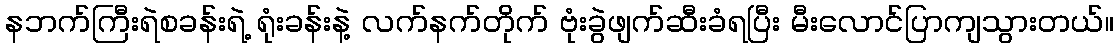
နဘက်ကြီးရဲစခန်းရဲ့ ရုံးခန်းနဲ့ လက်နက်တိုက် ဗုံးခွဲဖျက်ဆီးခံရပြီး မီးလောင်ပြာကျသွားတယ်။